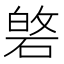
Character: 𮀯